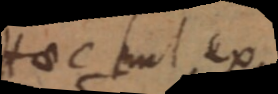
Haec sunt ex.